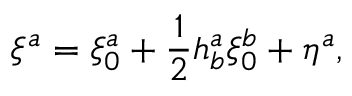
\xi ^ { a } = \xi _ { 0 } ^ { a } + \frac { 1 } { 2 } h _ { b } ^ { a } \xi _ { 0 } ^ { b } + \eta ^ { a } ,